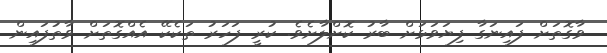
ވާގޮތަށް ފައިނަގާ ފިޔަވަޅަށް ބާރު ކޮށްލާށެވެ. ކުރީ ފަހަރު ތަކެކޭ އެއްގޮތަށް ވާތުފައިން